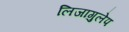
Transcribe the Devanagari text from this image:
लिजागुलेप